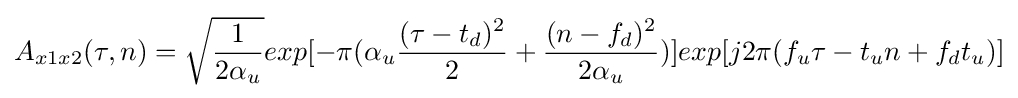
A_{x1x2}(\tau ,n)={\sqrt {\frac {1}{2\alpha _{u}}}}exp[-\pi (\alpha _{u}{\frac {(\tau -t_{d})^{2}}{2}}+{\frac {(n-f_{d})^{2}}{2\alpha _{u}}})]exp[j2\pi (f_{u}\tau -t_{u}n+f_{d}t_{u})]